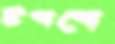
টপপো